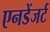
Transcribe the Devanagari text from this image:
एनडेंजर्ट